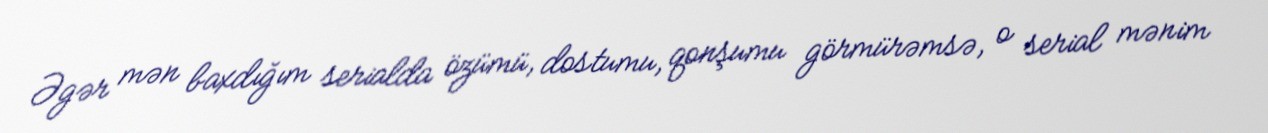
Əgər mən baxdığım serialda özümü, dostumu, qonşumu görmürəmsə, o serial mənim